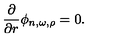
{ \frac { \partial } { \partial r } } \phi _ { n , \omega , \rho } = 0 .